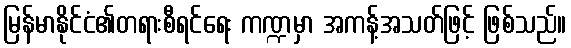
မြန်မာနိုင်ငံ၏တရားစီရင်ရေး ကဏ္ဍမှာ အကန့်အသတ်ဖြင့် ဖြစ်သည်။